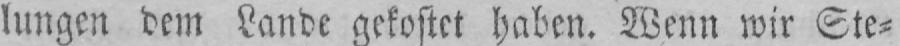
lungen dem Lande gekostet haben. Wenn wir Ste⸗